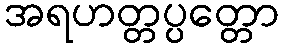
အရဟတ္တပ္ပတ္တော